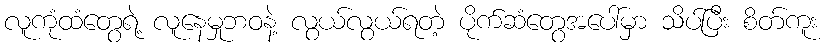
လူကုံထံတွေရဲ့ လူနေမှုဘဝနဲ့ လွယ်လွယ်ရတဲ့ ပိုက်ဆံတွေအပေါ်မှာ သိပ်ပြီး စိတ်ကူး